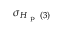
\sigma _ { H _ { \mathrm { ~ p ~ } } ( 3 ) }